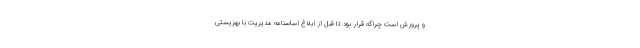
و پرورش است چراکه قرار بود تا قبل از ابلاغ اساسنامه مدیریت با بهزیستی